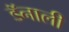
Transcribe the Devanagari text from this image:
डॅनाली